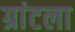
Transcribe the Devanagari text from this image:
ग्रांटला